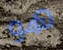
هو